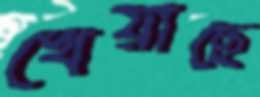
খেয়াছে